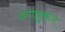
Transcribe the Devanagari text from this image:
ढंगानुरूप